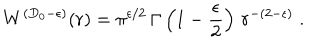
W ^ { ( { D _ { 0 } } - \epsilon ) } ( r ) = \pi ^ { \epsilon / 2 } \, \Gamma \left( 1 - \frac { \epsilon } { 2 } \right) \, r ^ { - ( 2 - \epsilon ) } \; .